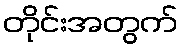
တိုင်းအတွက်